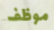
موظف